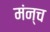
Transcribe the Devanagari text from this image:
मंन्च